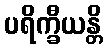
ပရိက္ခီယန္တိ